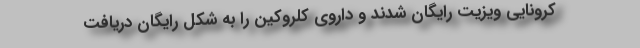
کرونایی ویزیت رایگان شدند و داروی کلروکین را به شکل رایگان دریافت